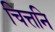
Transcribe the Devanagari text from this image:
चित्तनि